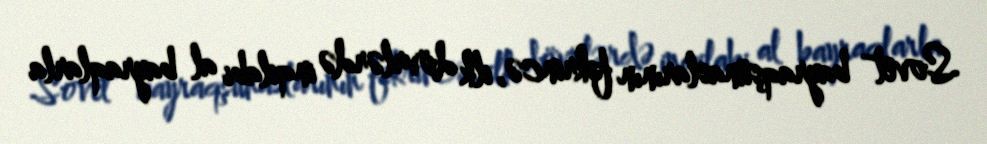
Sovet bayraqşünaslarının fikrincə, ilk dövrlərdə inqilabi al bayraqlarla